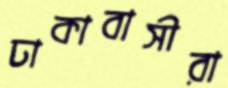
ঢাকাবাসীরা